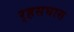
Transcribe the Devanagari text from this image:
र्‍हसघास